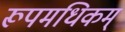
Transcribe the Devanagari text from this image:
रूपमधिकम्